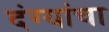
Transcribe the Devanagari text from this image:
दंग्यांचा